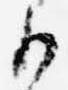
御